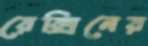
রেক্সিনের